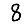
Digit: 8